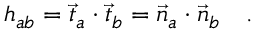
h _ { a b } = \vec { t } _ { a } \cdot \vec { t } _ { b } = \vec { n } _ { a } \cdot \vec { n } _ { b } \quad .